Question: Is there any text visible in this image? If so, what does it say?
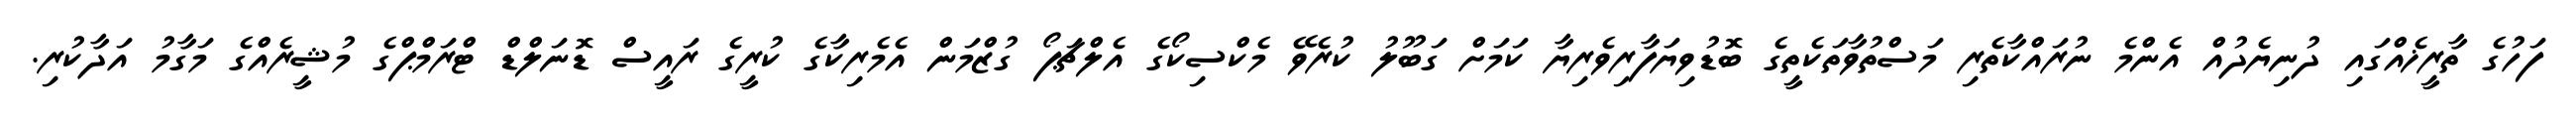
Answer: ފަހުގެ ތާރީޚެއްގައި ދުނިޔެދުއް އެންމެ ނުރައްކާތެރި މަސްތުވާތަކެތީގެ ބޮޑުވިޔަފާރިވެރިޔާ ކަމަށް ގަބޫލު ކުރެވޭ މެކްސިކޯގެ އެލްޗަޕޯ ގުޒްމަން އެމެރިކާގެ ކުރީގެ ރައީސް ޑޮނަލްޑް ޓްރަމްޕްގެ މުޝީރެއްގެ މަގާމު އަދާކުރި.